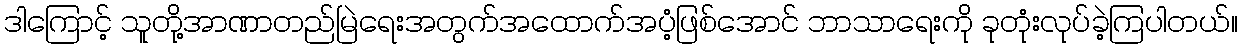
ဒါကြောင့် သူတို့အာဏာတည်မြဲရေးအတွက်အထောက်အပံ့ဖြစ်အောင် ဘာသာရေးကို ခုတုံးလုပ်ခဲ့ကြပါတယ်။